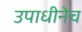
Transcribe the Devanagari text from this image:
उपाधीनेच